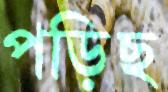
পড়িছ